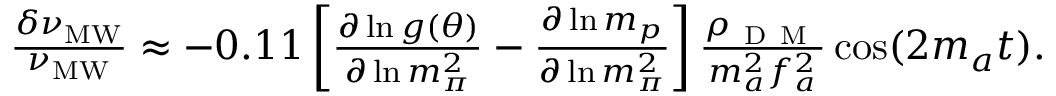
\begin{array} { r } { \frac { \delta \nu _ { \mathrm { M W } } } { \nu _ { \mathrm { M W } } } \approx - 0 . 1 1 \left[ \frac { \partial \ln g ( \theta ) } { \partial \ln m _ { \pi } ^ { 2 } } - \frac { \partial \ln m _ { p } } { \partial \ln m _ { \pi } ^ { 2 } } \right] \frac { \rho _ { \mathrm { ~ D ~ M ~ } } } { m _ { a } ^ { 2 } f _ { a } ^ { 2 } } \cos ( 2 m _ { a } t ) . } \end{array}